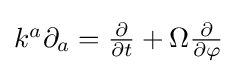
{\textstyle k^{a}\partial _{a}={\frac {\partial }{\partial t}}+\Omega {\frac {\partial }{\partial \varphi }}}